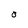
Character: O